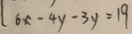
6 x - 4 y - 3 y = 1 9